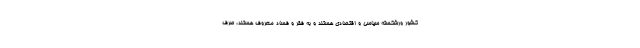
کشور ورشکسته سیاسی و اقتصادی هستند و به فقر و فساد معروف هستند، صرف